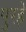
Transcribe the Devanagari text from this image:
पुरहे